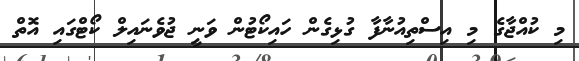
މި ކުއްޖާގެ މި އިސްތިއުނާފާ ގުޅިގެން ހައިކޯޓުން ވަނީ ޖުވެނައިލް ކޯޓްގައި އޮތް